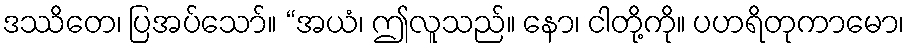
ဒဿိတေ၊ ပြအပ်သော်။ “အယံ၊ ဤလူသည်။ နော၊ ငါတို့ကို။ ပဟရိတုကာမော၊